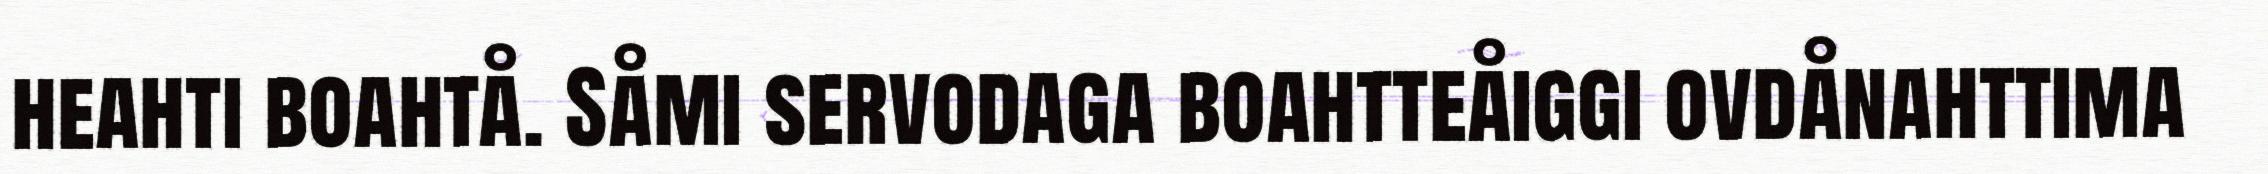
heahti boahtå. Såmi servodaga boahtteåiggi ovdånahttima